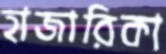
হাজারিকা